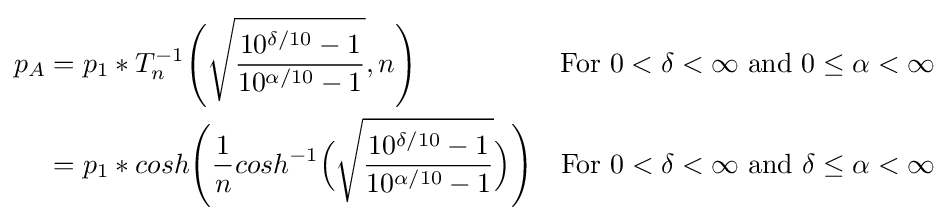
{\begin{aligned}p_{A}&=p_{1}*T_{n}^{-1}{\Biggr (}{\sqrt {\frac {10^{{\delta }/10}-1}{10^{\alpha /10}-1}}},n{\Biggr )}\qquad &{\text{For }}0<\delta <\infty {\text{   and  }}0\leq \alpha <\infty \\&=p_{1}*cosh{\Biggr (}{\frac {1}{n}}cosh^{-1}{\Bigr (}{\sqrt {\frac {10^{\delta /10}-1}{10^{\alpha /10}-1}}}{\Bigr )}{\Biggr )}&{\text{For }}0<\delta <\infty {\text{   and   }}\delta \leq \alpha <\infty \\\end{aligned}}